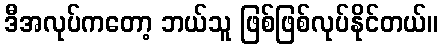
ဒီအလုပ်ကတော့ ဘယ်သူ ဖြစ်ဖြစ်လုပ်နိုင်တယ်။